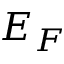
E _ { F }